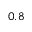
0 . 8